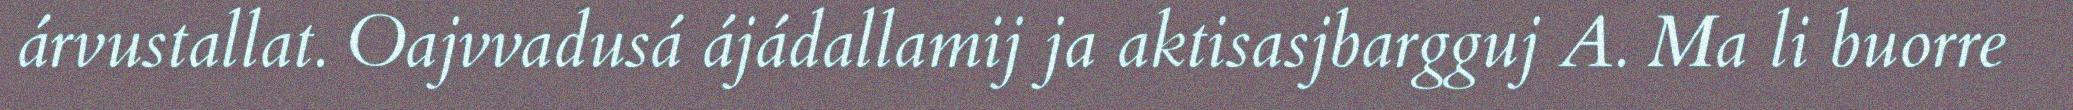
árvustallat. Oajvvadusá ájádallamij ja aktisasjbargguj A. Ma li buorre